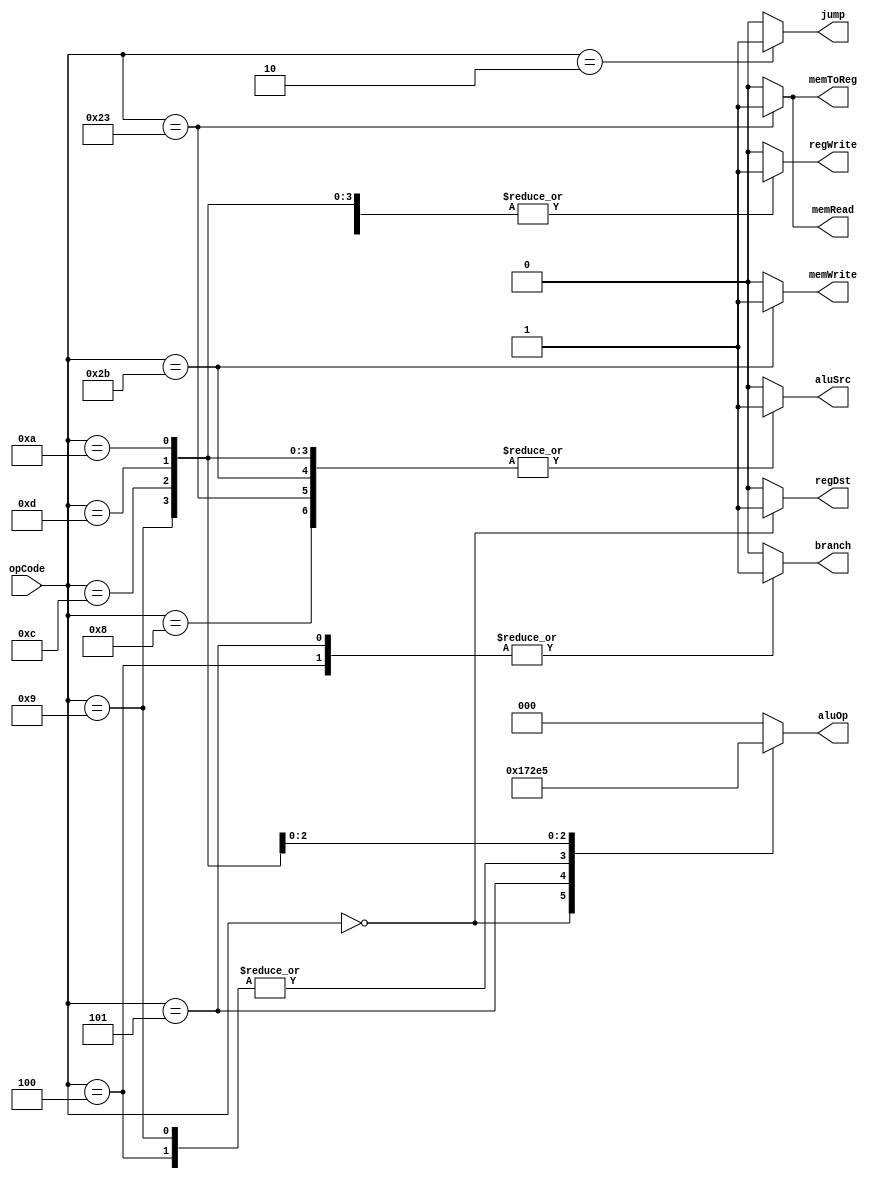
module Ctr(
    input [5:0] opCode,
    output regDst,
    output aluSrc,
    output memToReg,
    output regWrite,
    output memRead,
    output memWrite,
    output branch,
    output [2:0] aluOp,
    output jump
    );
    reg regDst;
	 reg aluSrc;
	 reg memToReg;
	 reg regWrite;
	 reg memRead;
	 reg memWrite;
	 reg branch;
	 reg [2:0] aluOp;
	 reg jump;

/*
About Aluop[2:0]
000 => ADD
001 => SUB
010 => R_TYPE
011 => AND
100 => OR
101 => SLTI
*/	 
	 always @ (opCode)
	 begin
	 case(opCode)
	     6'b000010: // jump
		  begin
		      regDst = 0;
				aluSrc = 0;
            memToReg = 0;
            regWrite = 0;
            memRead = 0;
            memWrite = 0;
            branch = 0;
            aluOp = 3'b000; //Aluop == 000 => add Here use default
            jump = 1;
         end
	
	     6'b000000: // R Type
		  begin
		      regDst = 1;
				aluSrc = 0;
            memToReg = 0;
            regWrite = 1;
            memRead = 0;
            memWrite = 0;
            branch = 0;
            aluOp = 3'b010; //Aluop == 010 => R_type
            jump = 0;
         end
		
	     6'b100011: // lw
		  begin
		      regDst = 0;
				aluSrc = 1;
            memToReg = 1;
            regWrite = 1;
            memRead = 1;
            memWrite = 0;
            branch = 0;
            aluOp = 3'b000;  //Aluop == 000 => add
            jump = 0;
         end
			
	     6'b101011: // sw
		  begin
		      regDst = 0;
				aluSrc = 1;
            memToReg = 0;
            regWrite = 0;
            memRead = 0;
            memWrite = 1;
            branch = 0;
            aluOp = 3'b000; // Aluop == 000 => add
            jump = 0;
         end

	     6'b000100: // beq
		  begin
		      regDst = 0;
				aluSrc = 0;
            memToReg = 0;
            regWrite = 0;
            memRead = 0;
            memWrite = 0;
            branch = 1;
            aluOp = 3'b001; //Aluop == 001 => sub
            jump = 0;
         end
			
			6'b000101: //bne
			begin 
				regDst = 0;
				aluSrc = 0;
            memToReg = 0;
            regWrite = 0;
            memRead = 0;
            memWrite = 0;
            branch = 1;
            aluOp = 3'b111; //Aluop == 001 => sub
            jump = 0;
			end 
			
			6'b001000: //addi
			begin
		      regDst = 0;
				aluSrc = 1;
            memToReg = 0;
            regWrite = 1;
            memRead = 0;
            memWrite = 0;
            branch = 0;
            aluOp = 3'b000; //Aluop == 000 => add
            jump = 0;
			end
			
         6'b001001: //subi
         begin
		      regDst = 0;
				aluSrc = 1;
            memToReg = 0;
            regWrite = 1;
            memRead = 0;
            memWrite = 0;
            branch = 0;
            aluOp = 3'b001; //Aluop == 001 => sub
            jump = 0;
         end
         
         6'b001100: //andi
         begin
				regDst = 0;
				aluSrc = 1;
            memToReg = 0;
            regWrite = 1;
            memRead = 0;
            memWrite = 0;
            branch = 0;
            aluOp = 3'b011; //Aluop == 011 => and
            jump = 0;
         end

         6'b001101: //ori
         begin
				regDst = 0;
				aluSrc = 1;
            memToReg = 0;
            regWrite = 1;
            memRead = 0;
            memWrite = 0;
            branch = 0;
            aluOp = 3'b100; //Aluop == 100 => or
            jump = 0;
         end
			
			6'b001010: //slti
         begin
				regDst = 0;
				aluSrc = 1;
            memToReg = 0;
            regWrite = 1;
            memRead = 0;
            memWrite = 0;
            branch = 0;
            aluOp = 3'b101; //Aluop == 101 => slt
            jump = 0;
         end
			
	 default:
		  begin
		      regDst = 0;
				aluSrc = 0;
            memToReg = 0;
            regWrite = 0;
            memRead = 0;
            memWrite = 0;
            branch = 0;
            aluOp = 3'b00;
            jump = 0;
         end
	endcase
			end
endmodule